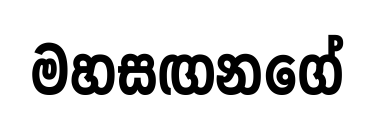
මහසඟනගේ